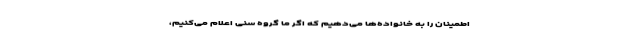
اطمینان را به خانواده‌ها می‌دهیم که اگر ما گروه سنی اعلام می‌کنیم،